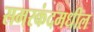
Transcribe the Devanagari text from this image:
समरकंदमधील